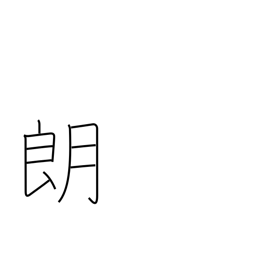
Meaning: serene